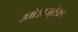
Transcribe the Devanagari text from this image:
उतोआज़्तेका